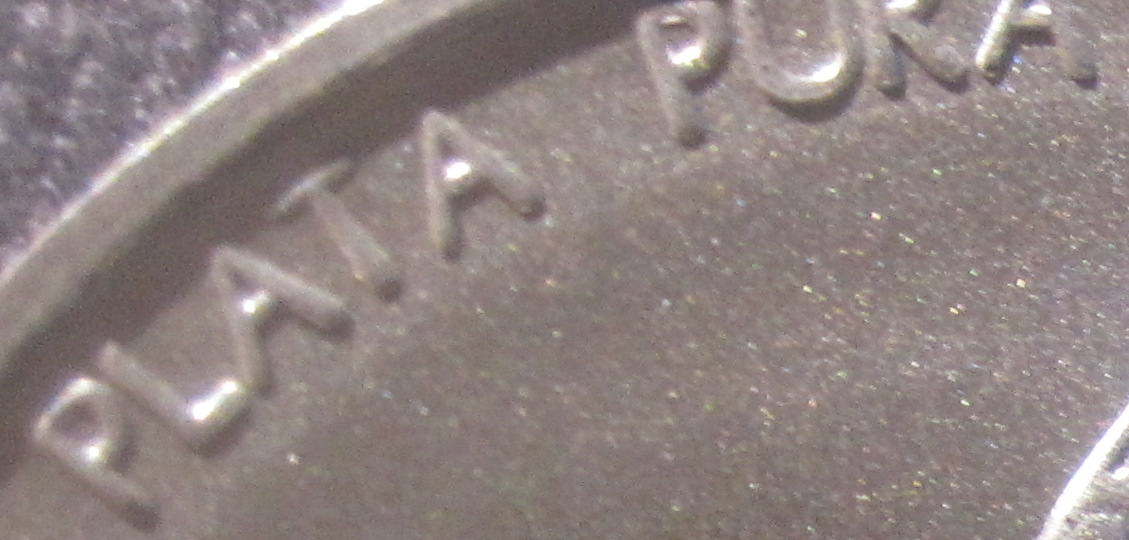
PLATA PUKA